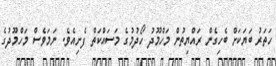
ހަތަރު ބަޔަކަށް ބެހިގެން ރައްޔިތުން މަހްމޫދު ހޯދުމުގެ މަސައްކަތް ފެށިއެވެ. ނަމަވެސް މަހްމޫދުގެ